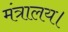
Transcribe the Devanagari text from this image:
मंत्रालय।